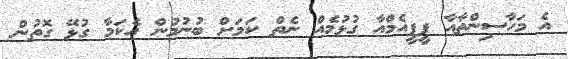
އެ މަހާސިންތާއާ ޕީޕީއެމްއާ ގުޅުމެއް ނެތް ކަމަށް ބުނުމުން އެކަމާ ގުޅޭ ގޮތުން